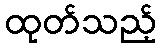
ထုတ်သည့်